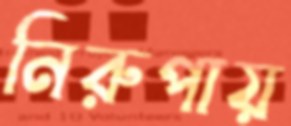
নিরুপায়